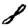
Digit: 8